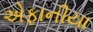
એફાનીયા